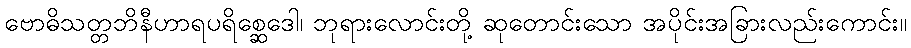
ဗောဓိသတ္တဘိနီဟာရပရိစ္ဆေဒေါ၊ ဘုရားလောင်းတို့ ဆုတောင်းသော အပိုင်းအခြားလည်းကောင်း။